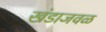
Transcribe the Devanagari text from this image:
खंडाजवळ